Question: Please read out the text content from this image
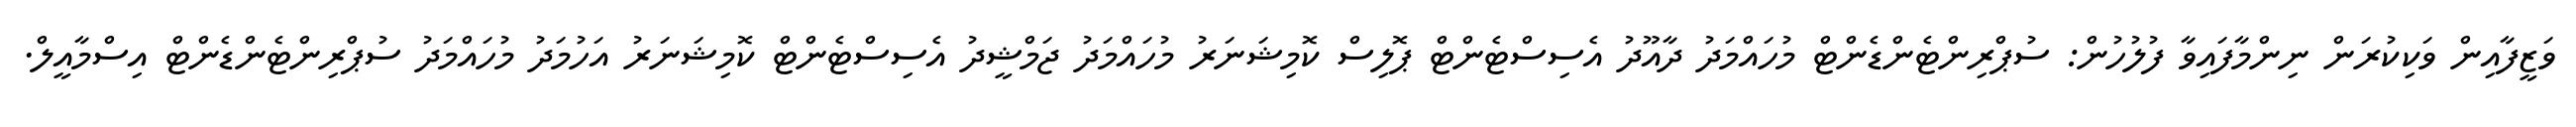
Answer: ވަޒީފާއިން ވަކިކުރަން ނިންމާފައިވާ ފުލުހުން: ސުޕްރިންޓެންޑެންޓް މުހައްމަދު ދާއޫދު އެސިސްޓެންޓް ޕޮލިސް ކޮމިޝަނަރު މުހައްމަދު ޖަމްޝީދު އެސިސްޓެންޓް ކޮމިޝަނަރު އަހުމަދު މުހައްމަދު ސުޕްރިންޓެންޑެންޓް އިސްމާއީލް.